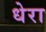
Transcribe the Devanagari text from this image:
धेरा